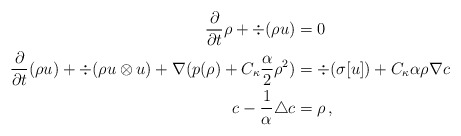
\begin{align*} \frac{\partial}{\partial t} \rho + \div(\rho u) &=0\\\frac{\partial}{\partial t} (\rho u) + \div (\rho u \otimes u) + \nabla (p(\rho) + C_\kappa \frac{\alpha}{2} \rho^2)&= \div(\sigma[ u]) + C_\kappa\alpha \rho \nabla c\\ c - \frac{1}{\alpha}\triangle c &= \rho\, , \end{align*}